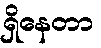
ရှိနေတာ